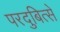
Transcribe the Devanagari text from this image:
परदुबित्से